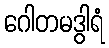
ဂေါတမဒွါရံ